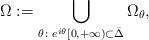
LaTeX: \begin{align*} \Omega:=\bigcup_{\theta\colon e^{i\theta}[0,+\infty)\subset \bar{\Delta}} \Omega_{\theta},\end{align*}